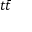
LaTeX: t { \bar { t } }